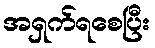
အရှက်ရစေပြီး